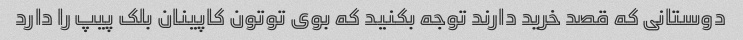
دوستانی که قصد خرید دارند توجه بکنید که بوی توتون کاپینان بلک پیپ را دارد